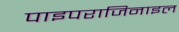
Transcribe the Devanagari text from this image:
पाइपराजिनाइल